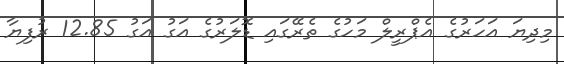
މިދިޔަ އަހަރުގެ އެޕްރީލް މަހުގެ ތެރޭގައި ޑޮލަރުގެ އަގު އަގު 12.85 ރުފިޔާ